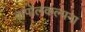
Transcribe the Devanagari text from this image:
कपोलकल्पना